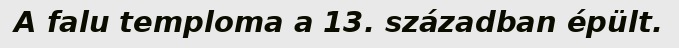
A falu temploma a 13. században épült.